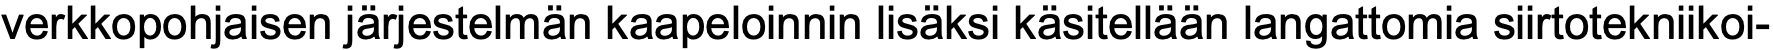
verkkopohjaisen järjestelmän kaapeloinnin lisäksi käsitellään langattomia siirtotekniikoi-